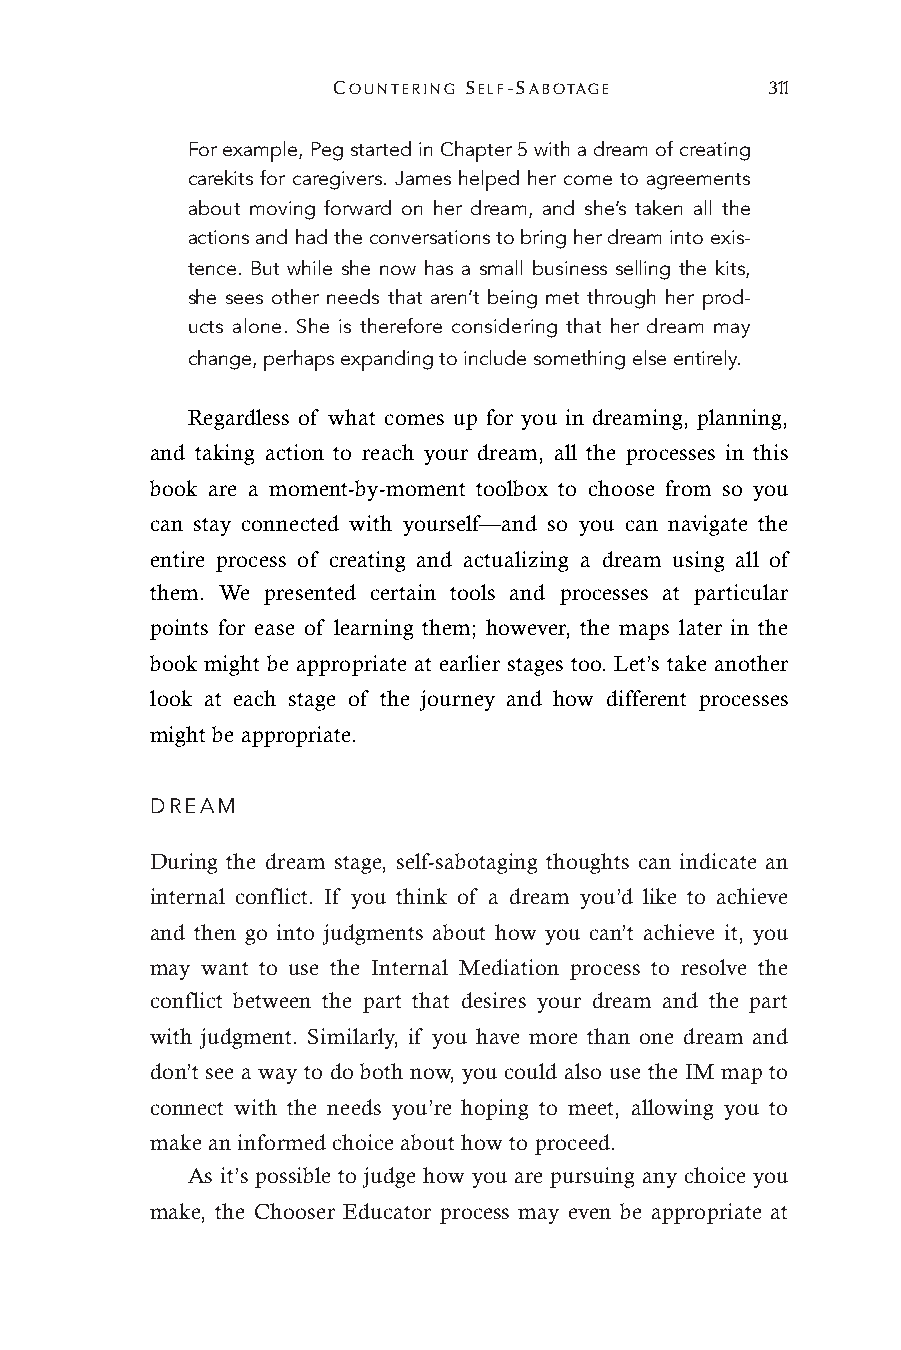
COUNTERING SELF-SABOTAGE     311
 For example, Peg started in Chapter 5 with a dream of creating
 carekits for caregivers. James helped her come to agreements
 about moving forward on her dream, and she’s taken all the
 actions and had the conversations to bring her dream into exis-
 tence. But while she now has a small business selling the kits,
 she sees other needs that aren’t being met through her prod-
 ucts alone. She is therefore considering that her dream may
 change, perhaps expanding to include something else entirely.
 Regardless of what comes up for you in dreaming, planning,
 and taking action to reach your dream, all the processes in this
 book are a moment-by-moment toolbox to choose from so you
 can stay connected with yourself—and so you can navigate the
 entire process of creating and actualizing a dream using all of
 them. We presented certain tools and processes at particular
 points for ease of learning them; however, the maps later in the
 book might be appropriate at earlier stages too. Let’s take another
 look at each stage of the journey and how different processes
 might be appropriate.
 DREAM
 During the dream stage, self-sabotaging thoughts can indicate an
 internal conflict. If you think of a dream you’d like to achieve
 and then go into judgments about how you can’t achieve it, you
 may want to use the Internal Mediation process to resolve the
 conflict between the part that desires your dream and the part
 with judgment. Similarly, if you have more than one dream and
 don’t see a way to do both now, you could also use the IM map to
 connect with the needs you’re hoping to meet, allowing you to
 make an informed choice about how to proceed.
 As it’s possible to judge how you are pursuing any choice you
 make, the Chooser Educator process may even be appropriate at